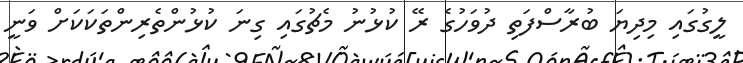
ލީގުގައި މިދިޔަ ބުރާސްފަތި ދުވަހުގެ ރޭ ކުޅުނު މެޗުގައި ގިނަ ކުޅުންތެރިންތަކަކަށް ވަނީ